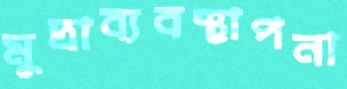
মুদ্রাব্যবস্থাপনা